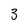
Character: 3